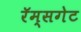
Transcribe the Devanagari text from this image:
रॅम्सगेट